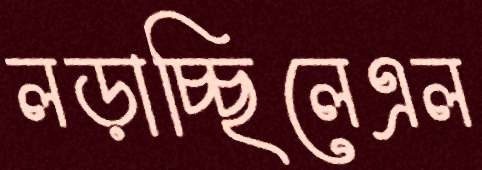
লড়াচ্ছিলেএল